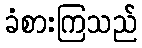
ခံစားကြသည်